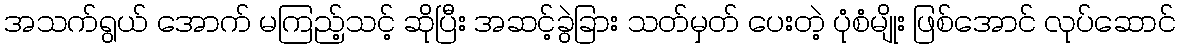
အသက်ရွယ် အောက် မကြည့်သင့် ဆိုပြီး အဆင့်ခွဲခြား သတ်မှတ် ပေးတဲ့ ပုံစံမျိုး ဖြစ်အောင် လုပ်ဆောင်